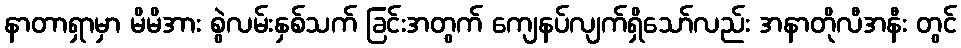
နာတာရှာမှာ မိမိအား စွဲလမ်းနှစ်သက် ခြင်းအတွက် ကျေနပ်လျက်ရှိသော်လည်း အနာတိုလီအနီး တွင်